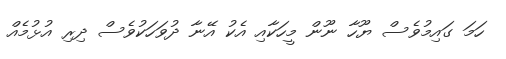
ހަމަ ގައިމުވެސް ޔޫހާ ނޫން މީހަކާއި އެކު އޭނާ ދުވަހަކުވެސް ދިރި އުޅުމެއް